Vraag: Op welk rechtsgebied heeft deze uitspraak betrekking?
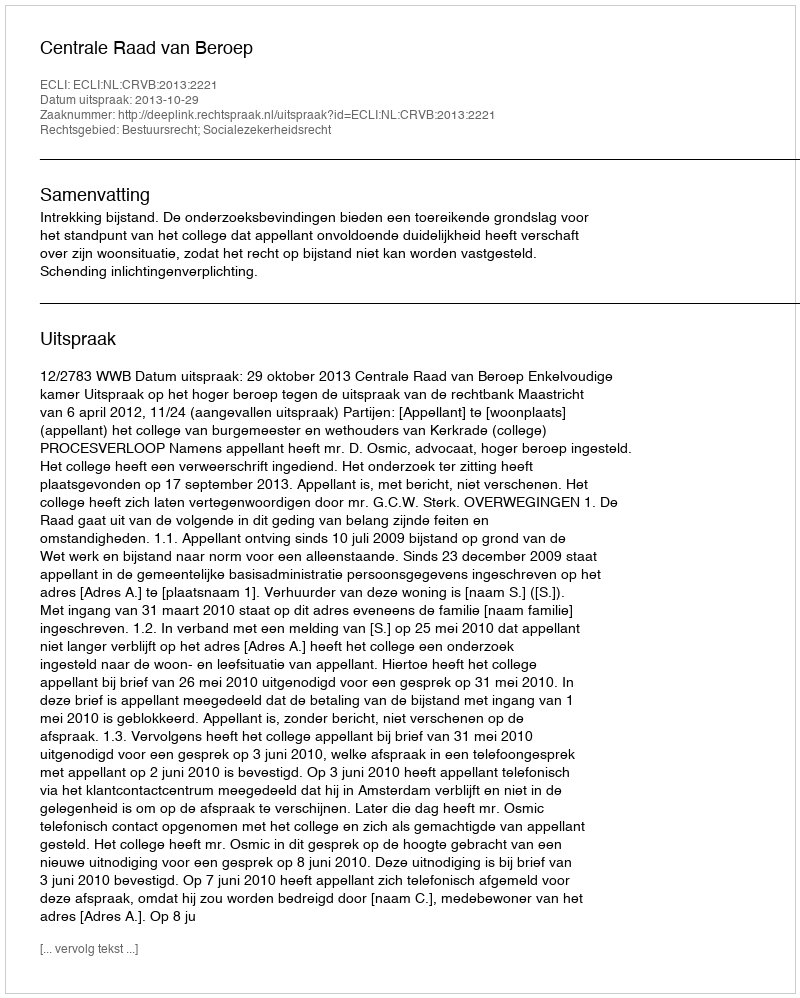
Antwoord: Bestuursrecht; Socialezekerheidsrecht